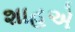
શાહએ